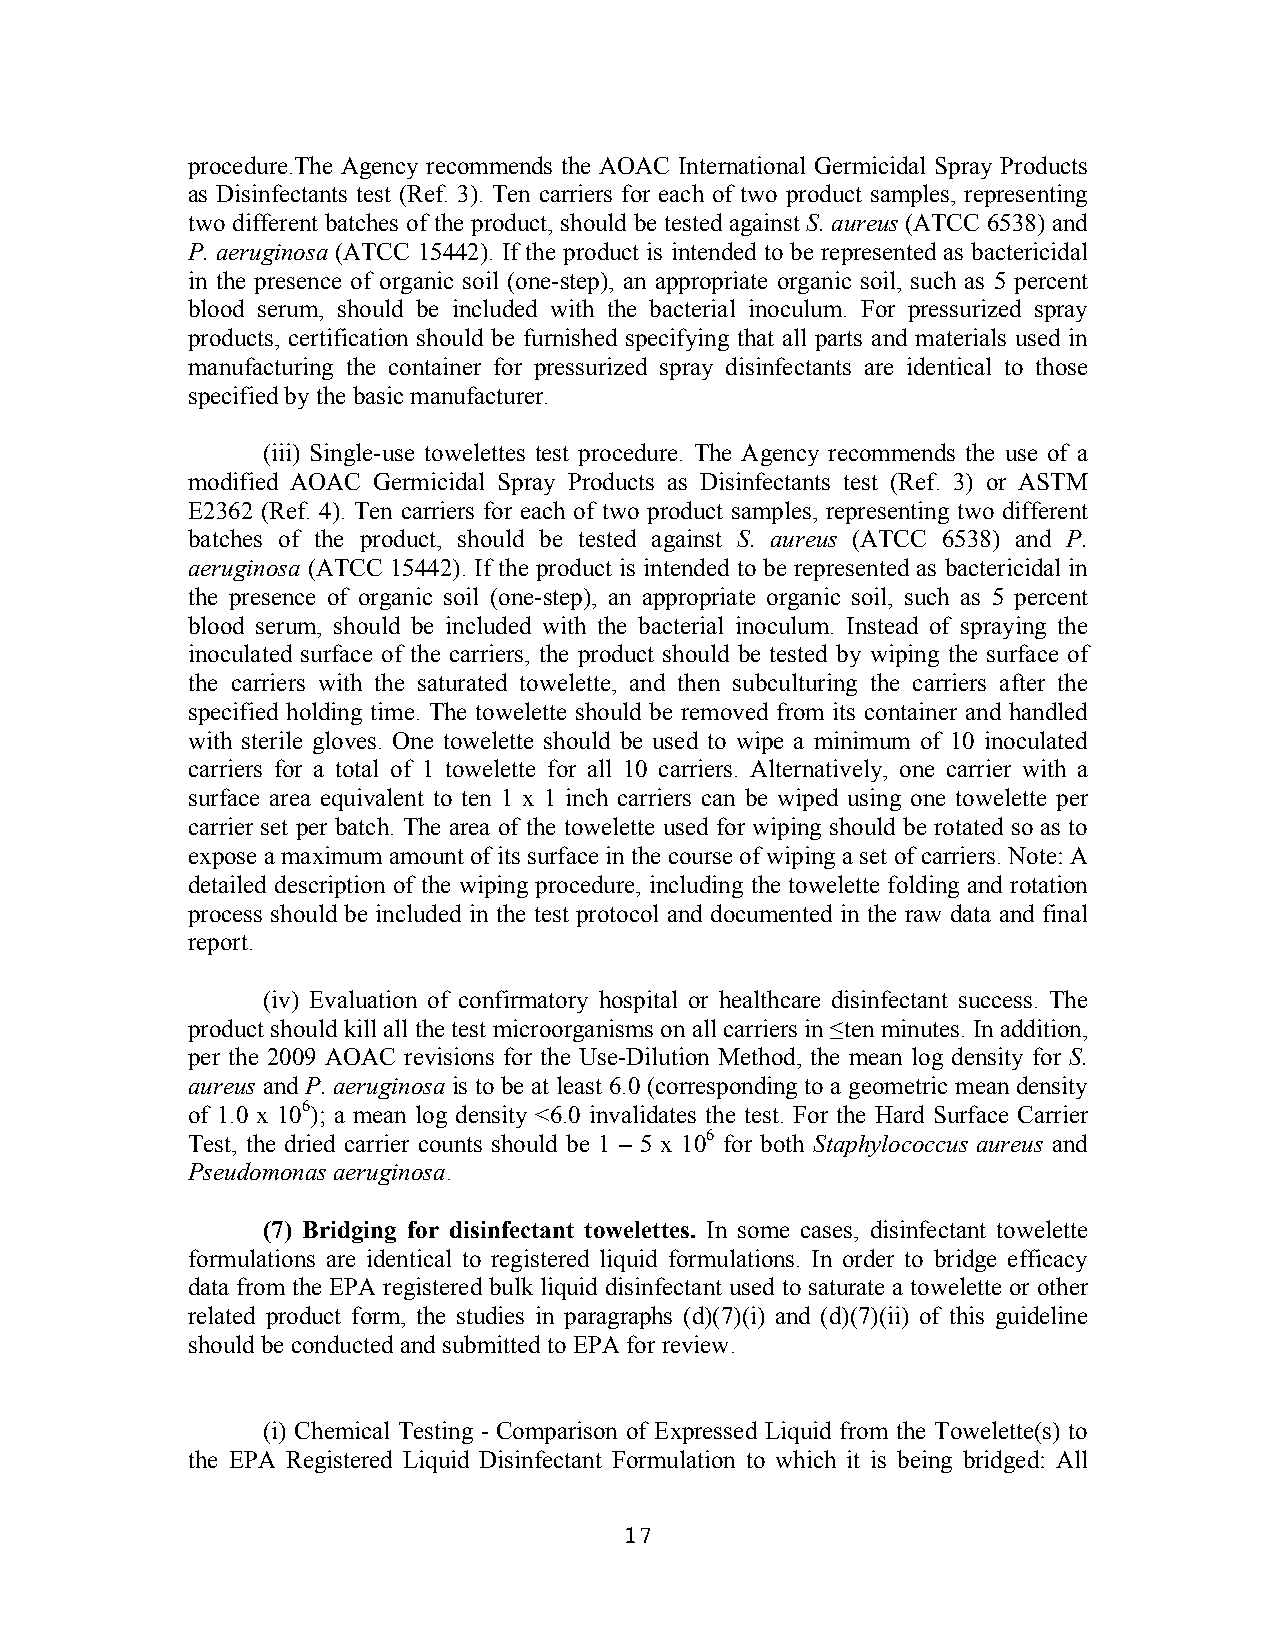
procedure.The Agency recommends the AOAC International Germicidal Spray Products
 as Disinfectants test (Ref. 3). Ten carriers for each of two product samples, representing
 two different batches of the product, should be tested against S. aureus (ATCC 6538) and
 P. aeruginosa (ATCC 15442). If the product is intended to be represented as bactericidal
 in the presence of organic soil (one-step), an appropriate organic soil, such as 5 percent
 blood serum, should be included with the bacterial inoculum. For pressurized spray
 products, certification should be furnished specifying that all parts and materials used in
 manufacturing the container for pressurized spray disinfectants are identical to those
 specified by the basic manufacturer.
 (iii) Single-use towelettes test procedure. The Agency recommends the use of a
 modified AOAC Germicidal Spray Products as Disinfectants test (Ref. 3) or ASTM
 E2362 (Ref. 4). Ten carriers for each of two product samples, representing two different
 batches of the product, should be tested against S. aureus (ATCC 6538) and P.
 aeruginosa (ATCC 15442). If the product is intended to be represented as bactericidal in
 the presence of organic soil (one-step), an appropriate organic soil, such as 5 percent
 blood serum, should be included with the bacterial inoculum. Instead of spraying the
 inoculated surface of the carriers, the product should be tested by wiping the surface of
 the carriers with the saturated towelette, and then subculturing the carriers after the
 specified holding time. The towelette should be removed from its container and handled
 with sterile gloves. One towelette should be used to wipe a minimum of 10 inoculated
 carriers for a total of 1 towelette for all 10 carriers. Alternatively, one carrier with a
 surface area equivalent to ten 1 x 1 inch carriers can be wiped using one towelette per
 carrier set per batch. The area of the towelette used for wiping should be rotated so as to
 expose a maximum amount of its surface in the course of wiping a set of carriers. Note: A
 detailed description of the wiping procedure, including the towelette folding and rotation
 process should be included in the test protocol and documented in the raw data and final
 report.
 (iv) Evaluation of confirmatory hospital or healthcare disinfectant success. The
 product should kill all the test microorganisms on all carriers in ≤ten minutes. In addition,
 per the 2009 AOAC revisions for the Use-Dilution Method, the mean log density for S.
 aureus and P. aeruginosa is to be at least 6.0 (corresponding to a geometric mean density
 of 1.0 x 106); a mean log density <6.0 invalidates the test. For the Hard Surface Carrier
 Test, the dried carrier counts should be 1 – 5 x 106 for both Staphylococcus aureus and
 Pseudomonas aeruginosa.
 (7) Bridging for disinfectant towelettes. In some cases, disinfectant towelette
 formulations are identical to registered liquid formulations. In order to bridge efficacy
 data from the EPA registered bulk liquid disinfectant used to saturate a towelette or other
 related product form, the studies in paragraphs (d)(7)(i) and (d)(7)(ii) of this guideline
 should be conducted and submitted to EPA for review.
 (i) Chemical Testing - Comparison of Expressed Liquid from the Towelette(s) to
 the EPA Registered Liquid Disinfectant Formulation to which it is being bridged: All
 17